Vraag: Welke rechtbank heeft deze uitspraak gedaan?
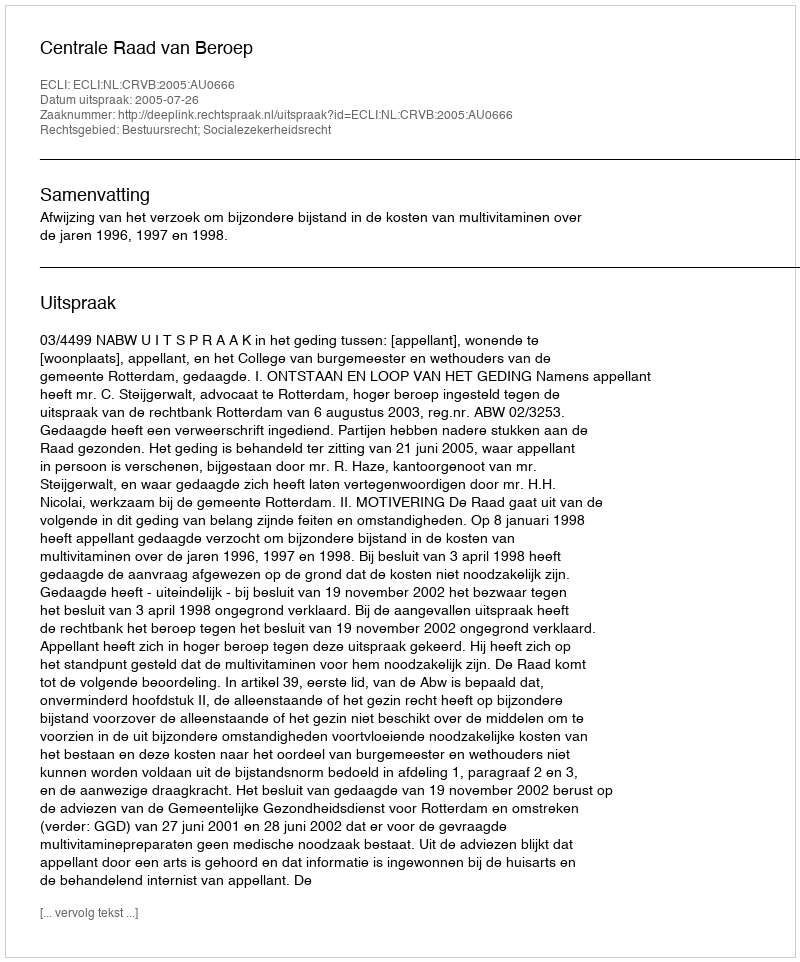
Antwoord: Centrale Raad van Beroep